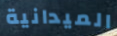
الميدانية